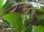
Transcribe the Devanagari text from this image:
जंज